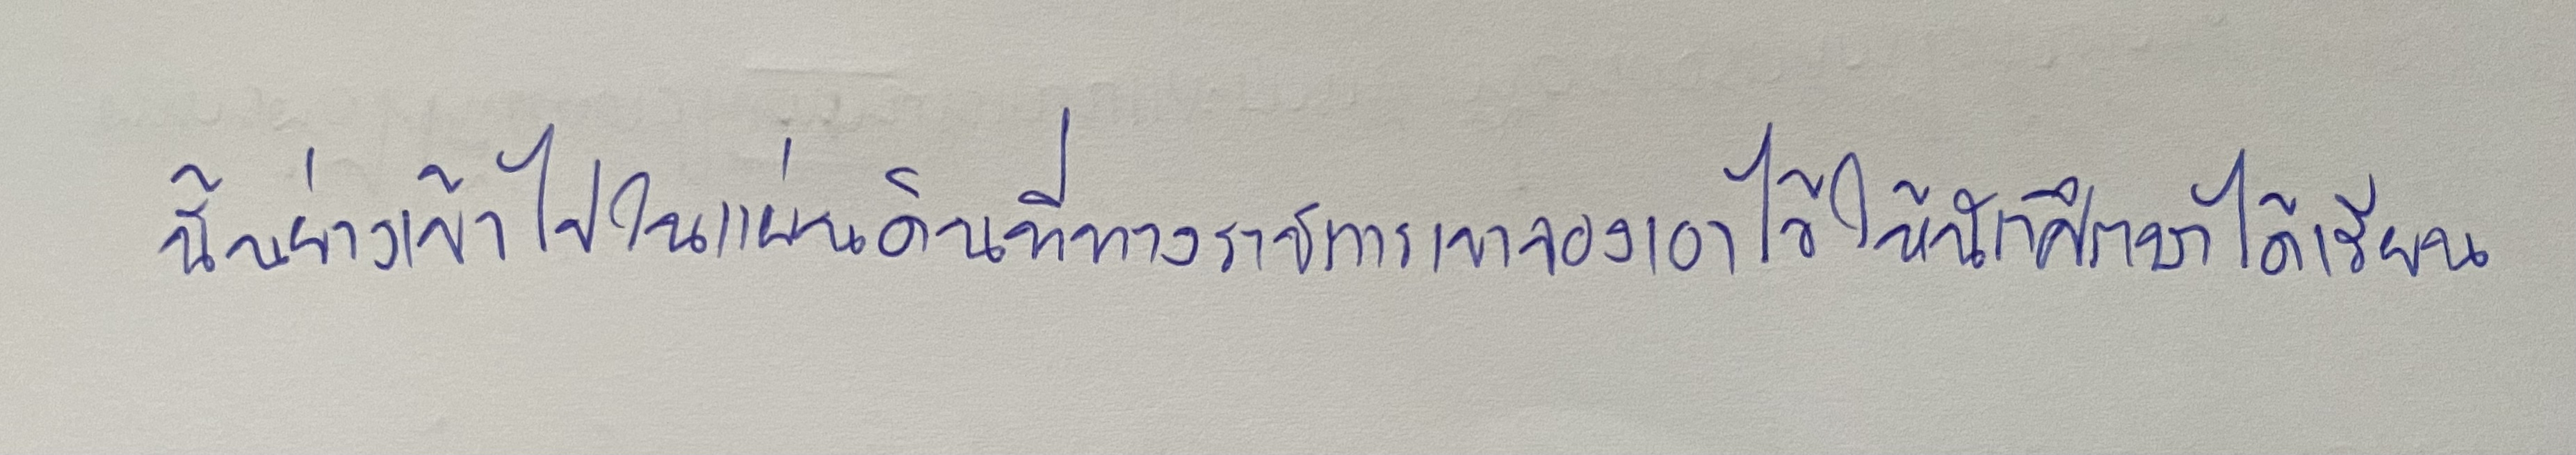
นั้นย่างเข้าไปในแผ่นดินที่ทางราชการเขาจองเอาไว้ให้นักศึกษาได้เรียน